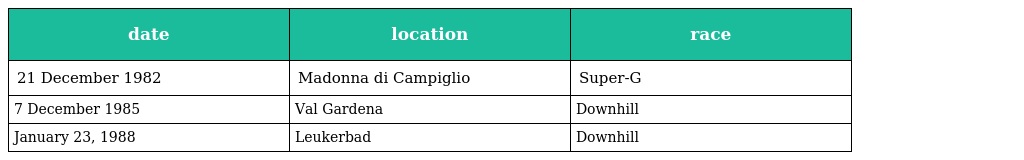
| date | location | race |
 | --- | --- | --- |
 | 21 December 1982 | Madonna di Campiglio | Super-G |
 | 7 December 1985 | Val Gardena | Downhill |
 | January 23, 1988 | Leukerbad | Downhill |